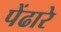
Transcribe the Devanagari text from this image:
पेंढारे